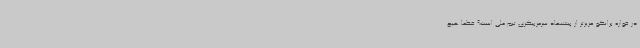
در قواره برانکو عزیزتر از پیشنهاد سرمربیگری تیم ملی است؟ قطعا هیچ